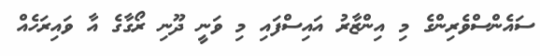
ސައެންސްވެރިންގެ މި އިންޒާރު އައިސްފައި މި ވަނީ ދޫނި ރޯގާގެ އާ ވައިރަހެއް